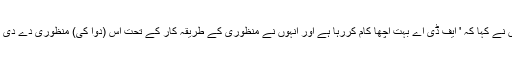
انہوں نے کہا کہ ' ایف ڈی اے بہت اچھا کام کررہا ہے اور انہوں نے منظوری کے طریقہ کار کے تحت اس (دوا کی) منظوری دے دی ہے'۔